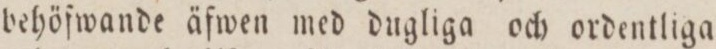
behöfwande äfwen med dugliga och ordentliga